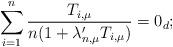
LaTeX: \begin{align*} \sum_{i=1}^n\frac{T_{i,\mu}}{n(1 + \lambda_{n,\mu}^\prime T_{i,\mu})} = 0_d;\end{align*}